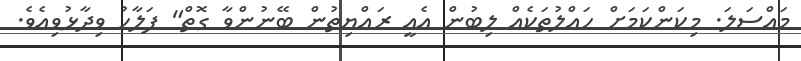
މައްސަލަ. މިކަންކަމަށް ހައްލުތަކެއް ލިބުން އެއީ ރައްޔިތުން ބޭނުންވާ ގޮތް" ފަލާހު ވިދާޅުވިއެވެ.